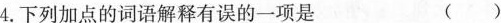
4.下列加点的词语解释有误的一项是 ()